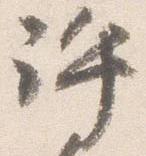
許